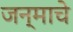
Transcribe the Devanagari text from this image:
जन्माचेे